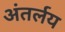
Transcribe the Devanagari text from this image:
अंतर्लय